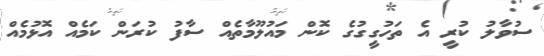
ސުވާލު ކުރީ އެ ތަހުގީގުގެ ކޮން މައުލޫމާތެއް ސާފު ކުރަން ކަމެއް އޮޅުމެއް